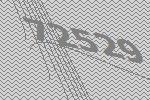
72529